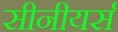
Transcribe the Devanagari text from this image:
सीनीयर्स